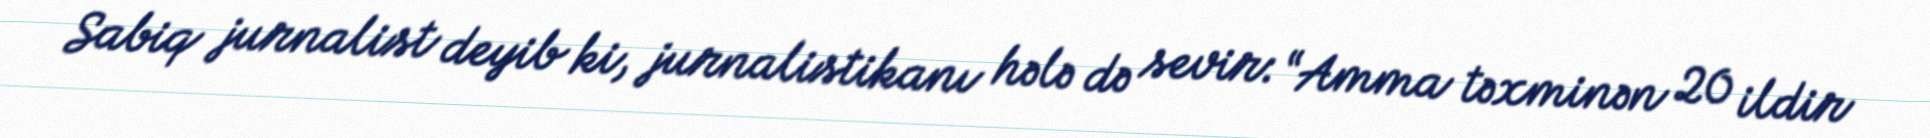
Sabiq jurnalist deyib ki, jurnalistikanı hələ də sevir: “Amma təxminən 20 ildir